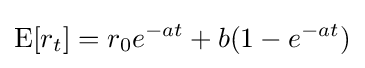
\mathrm {E} [r_{t}]=r_{0}e^{-at}+b(1-e^{-at})